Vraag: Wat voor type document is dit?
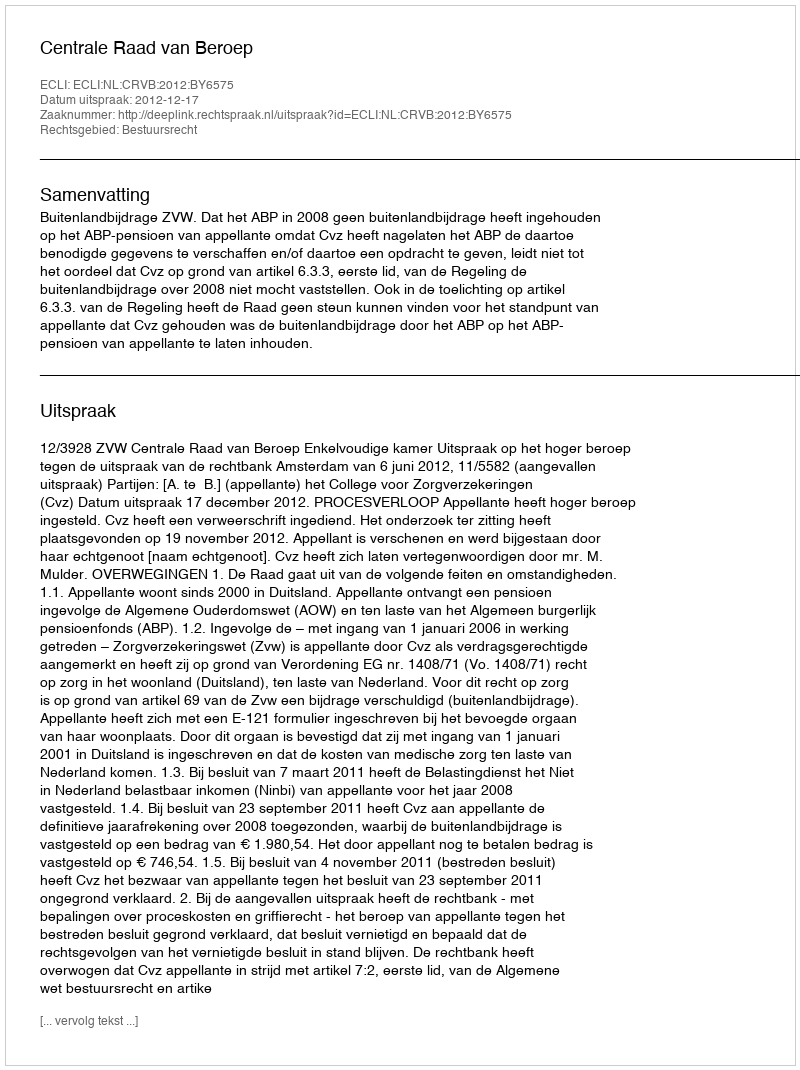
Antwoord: Uitspraak